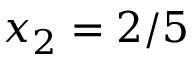
x _ { 2 } = 2 / 5